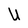
Character: U